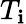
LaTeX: T_{\mathbf{i}}